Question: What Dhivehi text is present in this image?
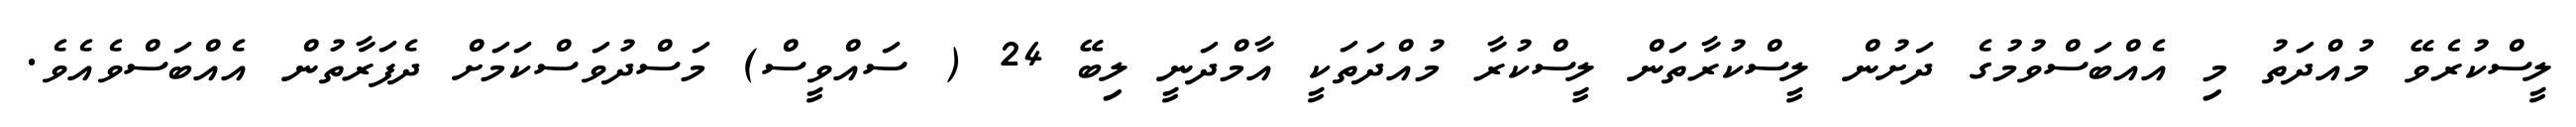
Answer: ލީސްކުރެވޭ މުއްދަތު މި އެއްބަސްވުމުގެ ދަށުން ލީސްކުރާތަން ލީސްކުރާ މުއްދަތަކީ އާމްދަނީ ލިބޭ 24 ( ސައްވީސް) މަސްދުވަސްކަމަށް ދެފަރާތުން އެއްބަސްވެއެވެ.